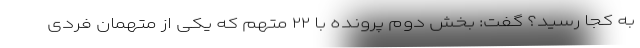
به کجا رسید؟ گفت: بخش دوم پرونده با ۲۲ متهم که یکی از متهمان فردی